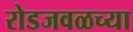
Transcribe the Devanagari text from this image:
रोडजवळच्या